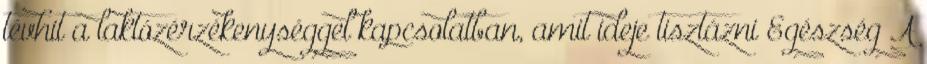
tévhit a laktózérzékenységgel kapcsolatban, amit ideje tisztázni Egészség A